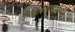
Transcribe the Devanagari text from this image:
साधनसामुग्रीची